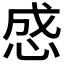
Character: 𰑜